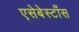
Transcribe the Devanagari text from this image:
एसेबेस्टाँस